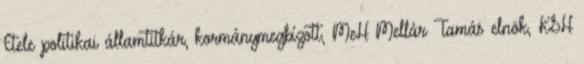
Etele politikai államtitkár, kormánymegbízott, MeH Mellár Tamás elnök, KSH